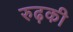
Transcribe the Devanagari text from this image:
रुढ़की